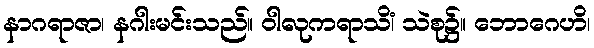
နာဂရာဇာ၊ နဂါးမင်းသည်။ ဝါလုကရာသိံ၊ သဲစု၌။ ဘောဂေဟိ၊